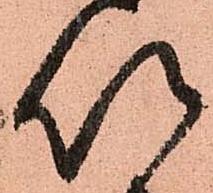
以